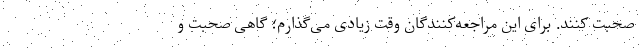
صحبت کنند. برای این مراجعه‌کنندگان وقت زیادی می‌گذارم؛ گاهی صحبت و